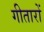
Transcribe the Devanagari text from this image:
गीतारों